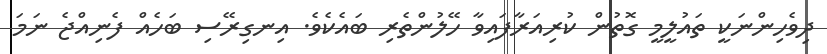
ދިވެހިންނަކީ ތައުލީމީ ގޮތުން ކުރިއަރާފައިވާ ހޭލުންތެރި ބައެކެވެ. އިނގިރޭސި ބަހެއް ފެނިއްޖެ ނަމަ